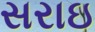
સરાઇ